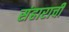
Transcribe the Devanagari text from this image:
संहाराची